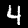
Label: 4